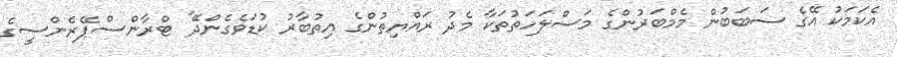
އެކަމަކު އޭގެ ސަބަބުން މެމްބަރުންގެ މަސްލަހަތުތަކާ މެދު ރައްޔިތުންގެ އިތުބާރު ކުޑަވެގެންދޭ" ޓްރާންސްޕޭރެންސީގެ